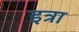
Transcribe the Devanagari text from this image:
इत्रा